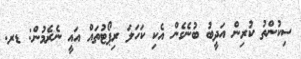
ސިކުންތު ކުރިން އަދީބު ބުނެގެން އެކި ކަހަލަ ރިޕޯޓުތައް އައީ ނެރެމުން: ޑރ.